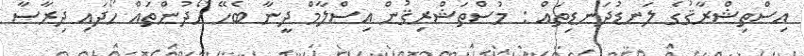
އިސްތިޝްރާޤުގެ ލަނޑުދަނޑިތައް : މުސްތަޝްރިޤުން އިސްލާމް ދީނާ ބެހޭ ހޯދުންތައް ހޯދައި ދިރާސާ